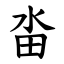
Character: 畓